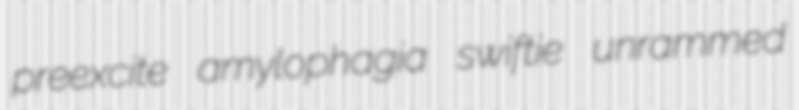
preexcite amylophagia swiftie unrammed